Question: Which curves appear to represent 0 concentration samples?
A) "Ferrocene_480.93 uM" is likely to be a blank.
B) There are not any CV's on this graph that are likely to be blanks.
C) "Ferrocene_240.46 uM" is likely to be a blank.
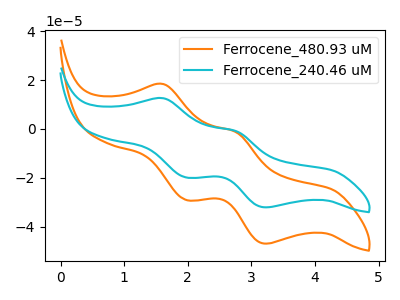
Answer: <think>The orange curve "Ferrocene_480.93 uM" has anodic peaks at (1.60V, 18.35uA) (2.75V, -1.25uA) and cathodic peaks at (2.00V, -29.10uA) (3.25V, -47.00uA). The cyan curve "Ferrocene_240.46 uM" has anodic peaks at (1.60V, 12.55uA) (2.75V, -0.85uA) and cathodic peaks at (2.00V, -19.90uA) (3.25V, -32.10uA).</think>
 <answer>B) There are not any CV's on this graph that are likely to be blanks.</answer>
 <eval>B</eval>